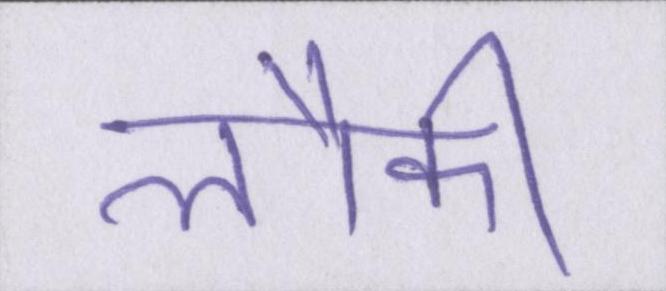
लौकी